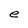
Character: e